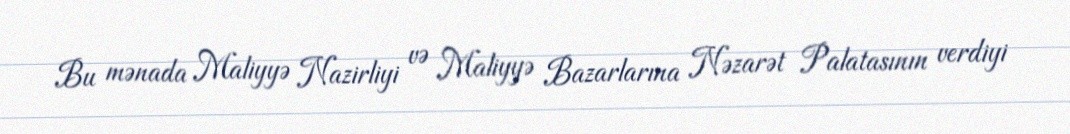
Bu mənada Maliyyə Nazirliyi və Maliyyə Bazarlarına Nəzarət Palatasının verdiyi